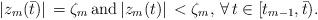
LaTeX: \begin{align*}|z_{m} (\bar{t})|\, =\zeta _{m}\, \textrm{and}\, |z_{m} (t)|\, <\zeta _{m},\, \forall \, t\in [t_{m-1} ,\bar{t}).\end{align*}